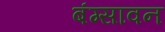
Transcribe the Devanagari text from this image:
बंग्सावन